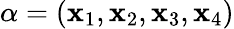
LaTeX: \alpha=(\mathbf{x}_{1},\mathbf{x}_{2},\mathbf{x}_{3},\mathbf{x}_{4})